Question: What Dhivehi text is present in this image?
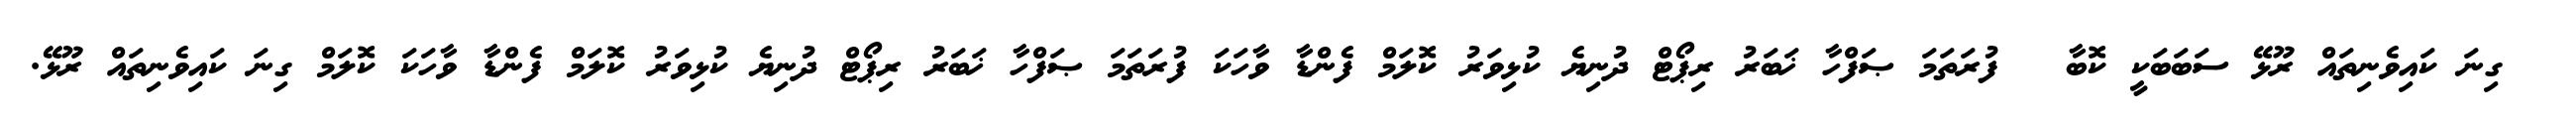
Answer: ? ގިނަ ކައިވެނިތައް ރޫޅޭ ސަބަބަކީ ކޮބާ ? ފުރަތަމަ ޞަފްހާ ޚަބަރު ރިޕޯޓް ދުނިޔެ ކުޅިވަރު ކޮލަމް ފެންޑާ ވާހަކަ ފުރަތަމަ ޞަފްހާ ޚަބަރު ރިޕޯޓް ދުނިޔެ ކުޅިވަރު ކޮލަމް ފެންޑާ ވާހަކަ ކޮލަމް ގިނަ ކައިވެނިތައް ރޫޅޭ.